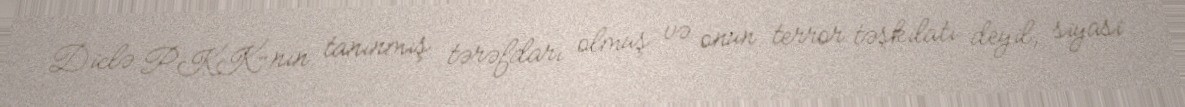
Diclə PKK-nın tanınmış tərəfdarı olmuş və onun terror təşkilatı deyil, siyasi